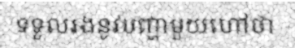
ទទួលរងនូវបញ្ហាមួយហៅថា